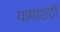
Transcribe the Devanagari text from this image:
यामाशटी